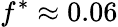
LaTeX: f^{\ast}\approx 0.06